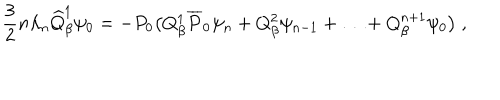
\frac { 3 } { 2 } n \lambda _ { n } \widehat { Q } _ { \beta } ^ { 1 } \psi _ { 0 } = - P _ { 0 } \bigl ( Q _ { \beta } ^ { 1 } \overline { { { P } } } _ { 0 } \psi _ { n } + Q _ { \beta } ^ { 2 } \psi _ { n - 1 } + \ldots + Q _ { \beta } ^ { n + 1 } \psi _ { 0 } \bigr ) \; , \nonumber